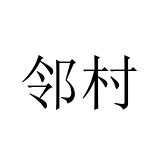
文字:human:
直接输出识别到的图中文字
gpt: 邻村